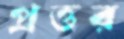
প্রত্তর